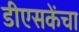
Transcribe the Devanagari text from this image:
डीएसकेंचा